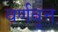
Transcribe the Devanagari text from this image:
वर्णवृत्त